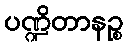
ပဏ္ဍိတာနဉ္စ